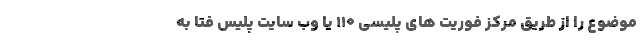
موضوع را از طریق مرکز فوریت های پلیسی ۱۱۰ یا وب ‌سایت پلیس فتا به